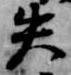
失